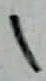
Text: 1